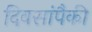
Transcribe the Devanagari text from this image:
दिवसांंपैकी